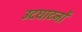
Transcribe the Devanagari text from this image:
उदघाटनों